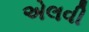
એલવી